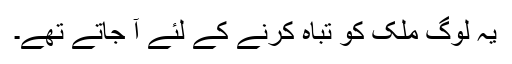
یہ لوگ مُلک کو تباہ کرنے کے لِئے آ جاتے تھے۔